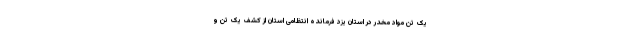
یک تن مواد مخدر در استان یزد فرمانده انتظامی استان از کشف یک تن و